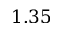
1 . 3 5